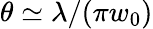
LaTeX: \theta\simeq\lambda/(\pi w_{0})